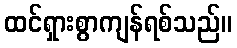
ထင်ရှားစွာကျန်ရစ်သည်။